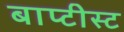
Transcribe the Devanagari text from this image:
बाप्टीस्ट